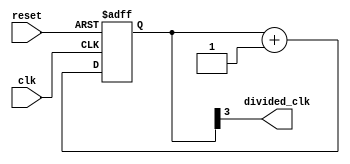
module frequency_divider(
  input wire clk,
  input wire reset,
  output wire divided_clk
);

reg [3:0] counter;

// Initialize counter to 0
always @(posedge clk or posedge reset)
begin
  if (reset)
    counter <= 4'b0000;
  else
    counter <= counter + 1;
end

// Generate divided clock signal
assign divided_clk = counter[3];

endmodule